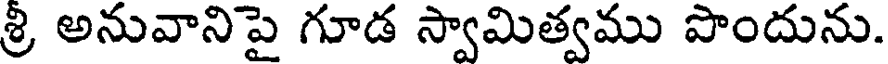
శ్రి అనువానిపై గూడ స్వామిత్వము పొందును.